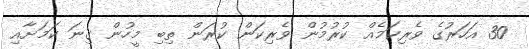
30 އަހަރުގެ ވެރިކަމެއް ކުރުމުން ވެރިކަން ކުރަން ތިބި މީހުން ގިނަ ކަމަށާއި